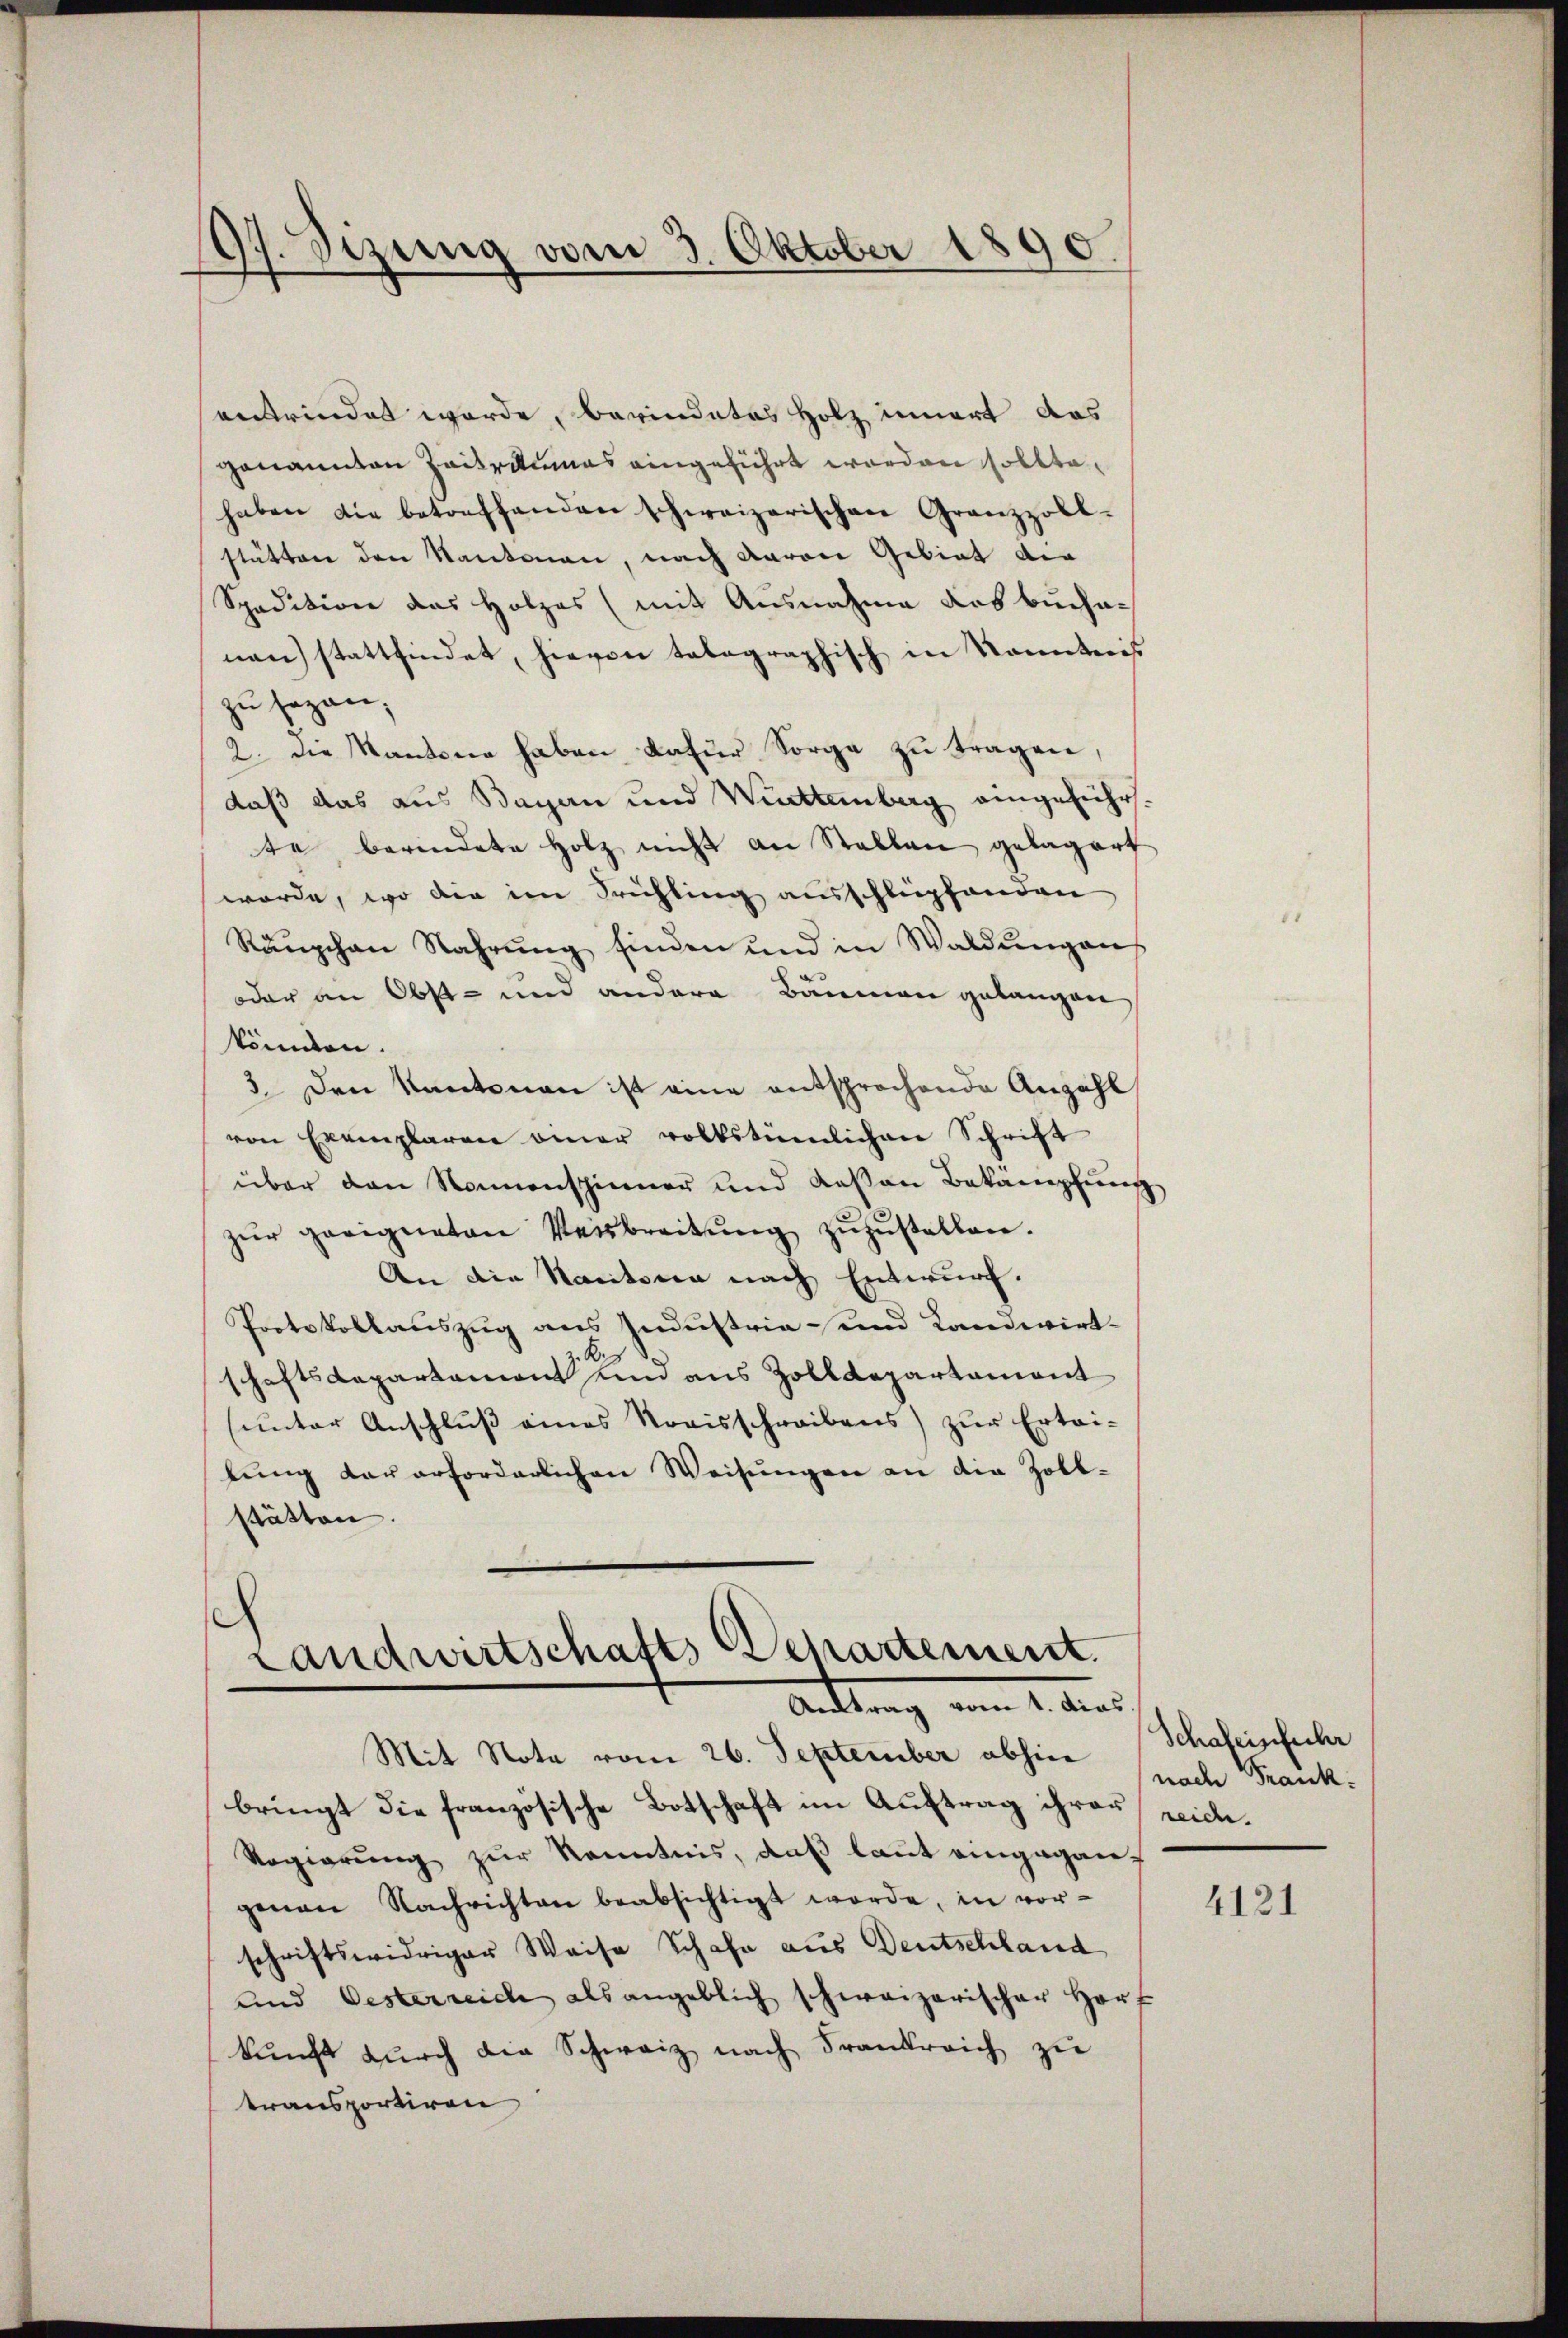
17. Sizung vom 3. Oktober 1890.

vertrindet werde, berindetes Holz innert das
genannten Zeitraumes eingeführt worden sollte,
haben die betreffenden schweizerischen Granzzoll-
stätten den Kantonen, nach Baron Gebiet der
Spedition das Holzes (mit Ausnahme des Buchanau stattfindet, hievon tabegraphisch in Kenntnis
zu sagen,
2. Die Kantone haben dafür Sorge zu tragen,
daß das aus Bagan und Wattenberg eingeführte berindete Holz nicht an Stellen gelagert
würde, wo die im Frühling ausschlipfanden
Ränzchen Nahrŭng finden und in Waldung an
oder an Obst- und andere Bäumen gelangen
könnten.
3. Den Kantonen ist eine entsprochende Anzahl
von Exemplaren einer volkstümlichen Schrift
über den Nonnenspinner und Kassen Bekämpfung
zŭr geeigneten Verbreitŭng zŭzŭstellen.
An die Naritoria nach Entwurf.
Protokollauszug aus Industria - und Landwirt-
z. B.
schaftsdepartemont sind aus Zolldepartament
(unter Anschlŭβ eines Kreisschreibens) zŭr Ertei-
lŭng der erforderlichen Weisŭngen an die Zoll-
stätten.

Landwirtschafts Separtement.
Antrag vom 1. das

Mit Nota vom 26. September abhin
bringt die französische Botschaft im Auftrag ihrer Leide¬
Regierung zur Kenntnis, daß laut eingegangenen Nachrichten beabsichtigt werde, in vor-
schriftswidriger Weise Schafe aus Deutschland
und Oesterreich als angeblich schweizerischer horf
kŭnft dŭrch die Schweiz nach Frankreich zŭ
transportiren

Schaleinfacher
(nach Frank:

4121